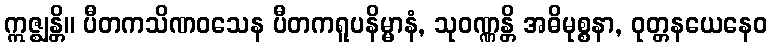
ဣဇ္ဈန္တိ။ ပီတကသိဏဝသေန ပီတကရူပနိမ္မာနံ, သုဝဏ္ဏန္တိ အဓိမုစ္စနာ, ဝုတ္တနယေနေဝ